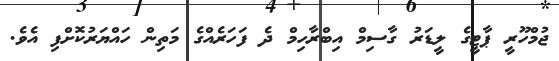
ޖުމްހޫރީ ޕާޓީގެ ލީޑަރު ގާސިމް އިބްރާހިމް ދެ ފަހަރެއްގެ މަތިން ހައްޔަރުކޮށްފި އެވެ.